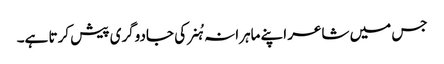
جس میں شاعر اپنے ماہرانہ ہُنر کی جادوگری پیش کرتا ہے۔